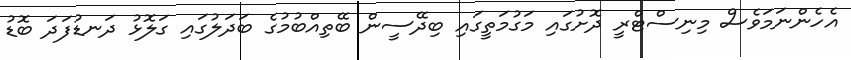
އެހެންނަމަވެސް މިނިސްޓްރީ ދޮށުގައި މަގުމަތީގައި ބިދޭސީން ބޭތިއްބުމުގެ ބަދަލުގައި ގަލޮޅު ދަނޑުފަދަ ބޮޑު